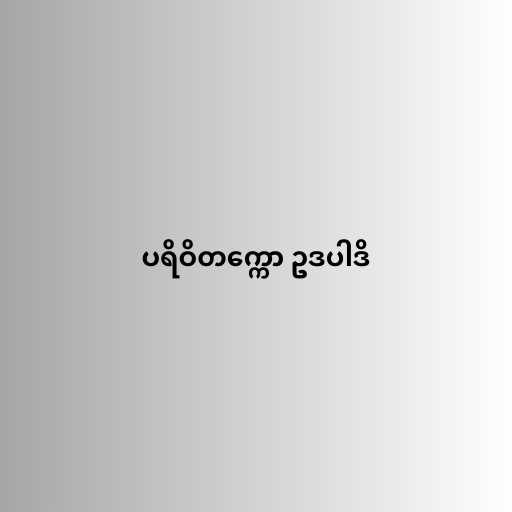
ပရိဝိတက္ကော ဥဒပါဒိ